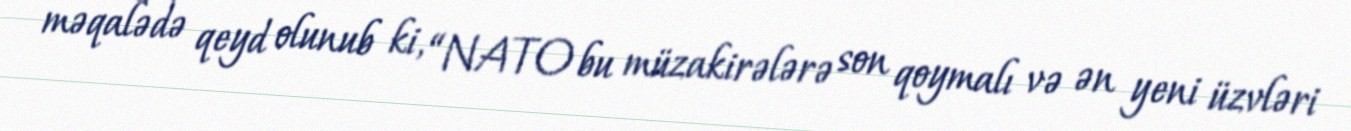
məqalədə qeyd olunub ki, “NATO bu müzakirələrə son qoymalı və ən yeni üzvləri